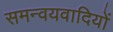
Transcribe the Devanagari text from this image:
समन्वयवादियों